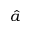
\hat { a }